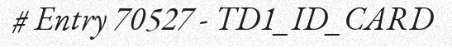
# Entry 70527 - TD1_ID_CARD